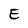
Character: E